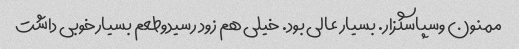
ممنون وسپاسگزار. بسیار عالی بود. خیلی هم زود رسیدوطعم بسیارخوبی داشت